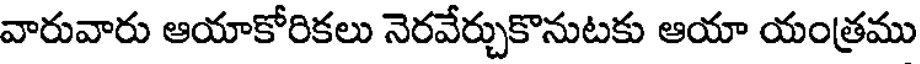
వారువారు ఆయాకోరికలు నెరవేర్చుకొనుటకు ఆయా యంత్రము